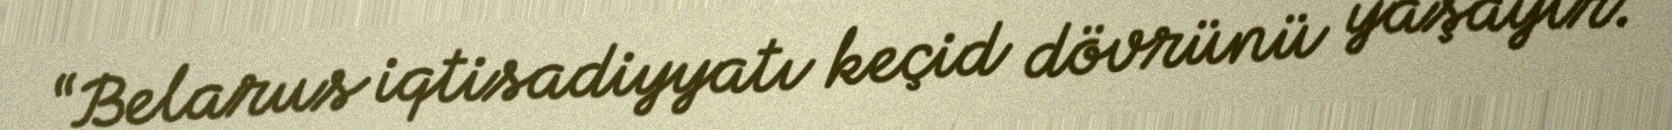
“Belarus iqtisadiyyatı keçid dövrünü yaşayır.